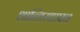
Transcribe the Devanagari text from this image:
शान्तिस्थापन